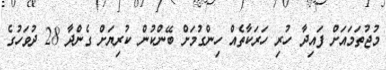
މުޖުތަމައަށް ފައިދާ ހުރި ހަރަކާތެއް ހިންގުމަށް ބޭންކުން ކުރިޔަށް ގެންދާ 28 ދުވަހުގެ